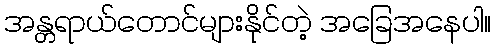
အန္တရာယ်တောင်များနိုင်တဲ့ အခြေအနေပါ။